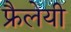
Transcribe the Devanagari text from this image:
फ्रैलेयी